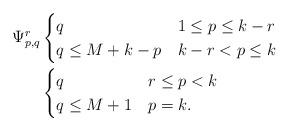
LaTeX: \begin{align*}\Psi^{r}_{p,q} & \begin{cases}q & 1\leq p\leq k-r\\q\leq M+k-p & k-r<p\leq k\end{cases}\\&\begin{cases}q & r\leq p<k\\q\leq M+1 & p=k.\end{cases}\end{align*}